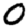
Digit: 0